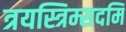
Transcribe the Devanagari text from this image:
त्रयस्त्रिम्सदमि